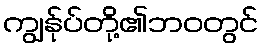
ကျွန်ုပ်တို့၏ဘဝတွင်